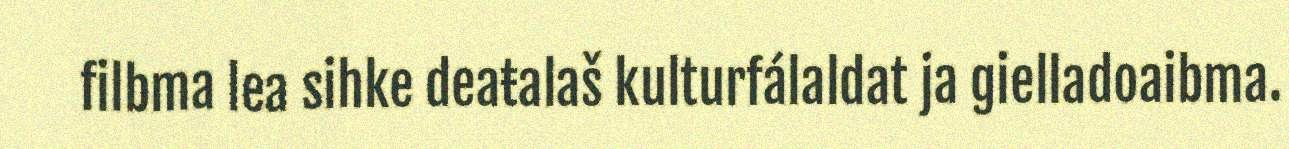
filbma lea sihke deaŧalaš kulturfálaldat ja gielladoaibma.